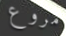
مروع